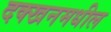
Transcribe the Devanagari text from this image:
दक्खनमधील